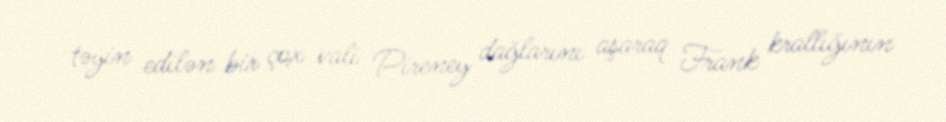
təyin edilən bir çox vali Pireney dağlarını aşaraq Frank krallığının